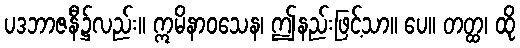
ပဒဘာဇနီ၌လည်း။ ဣမိနာဝသေန၊ ဤနည်းဖြင့်သာ။ ပေ။ တတ္ထ၊ ထို